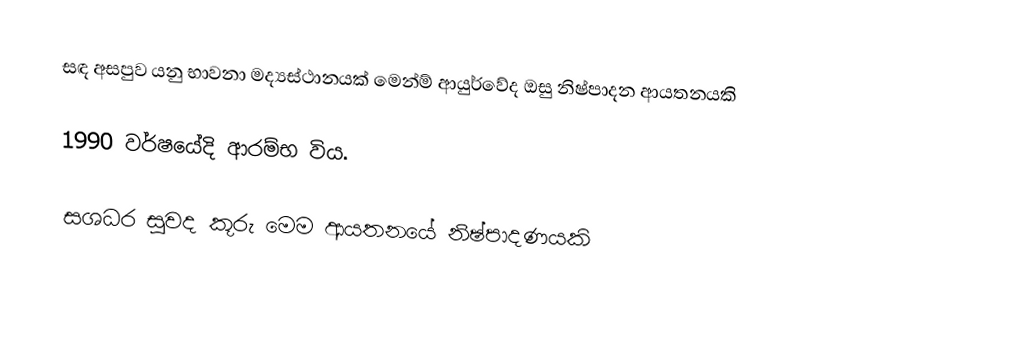
සඳ අසපුව යනු භාවනා මද්‍යස්ථානයක් මෙන්ම් ආයුර්වේද ඔසු නිෂ්පාදන ආයතනයකි

1990 වර්ෂයේදි ආරම්භ විය.

සශධර සුවද කූරු මෙම ආයතනයේ නිෂ්පාදණයකි